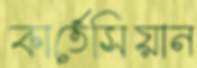
কার্তেসিয়ান